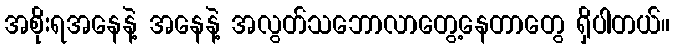
အစိုးရအနေနဲ့ အနေနဲ့ အလွတ်သဘောလာတွေ့နေတာတွေ ရှိပါတယ်။